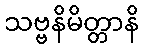
သဗ္ဗနိမိတ္တာနိ